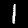
Label: 1